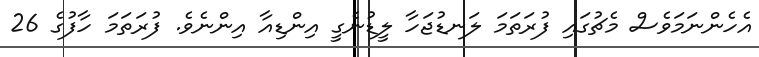
އެހެންނަމަވެސް މެޗުގައި ފުރަތަމަ ލަނޑުޖަހާ ލީޑުނެގީ އިންޑިއާ އިންނެވެ. ފުރަތަމަ ހާފުގެ 26